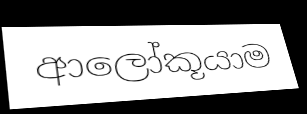
ආලෝකූයාම